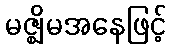
မဇ္ဈိမအနေဖြင့်